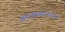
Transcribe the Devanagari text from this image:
समाजप्रबोधनपर